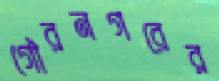
গৌরনগরের